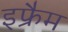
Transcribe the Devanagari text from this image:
इफ्रैम